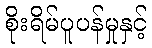
စိုးရိမ်ပူပန်မှုနှင့်